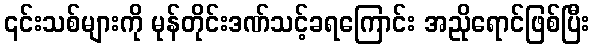
၎င်းသစ်များကို မုန်တိုင်းဒဏ်သင့်ခရကြောင်း အညိုရောင်ဖြစ်ပြီး